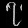
Digit: ၇